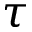
\tau